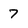
Character: 7